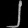
Digit: ၂